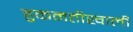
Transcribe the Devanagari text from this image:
हुकमतीखाली